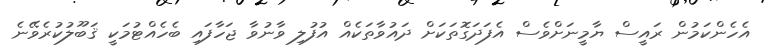
އެހެންކަމުން ރައީސް ޔާމީނަށްވެސް އެފަދަގޮތަކަށް ދައުވާތަކެއް އުފުލި ވާނުވާ ޖަހާފައި ބެހެއްޓުމަކީ ޤަބޫލުކުރެވޭނެ